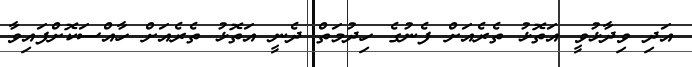
އަދި ވިދާޅުވީ އަތޮޅު ތެރެއަށް ފެނުގެ ހިދުމަތް ދެނީ އަތޮޅު ތެރެއަށް ހާއްސަކޮށްފައިވާ